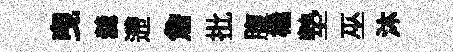
曳羹遰詹批腹橇墊巫沐